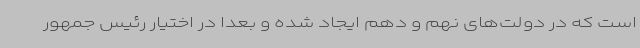
است که در دولت‌های نهم و دهم ایجاد شده و بعدا در اختیار رئیس جمهور